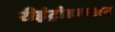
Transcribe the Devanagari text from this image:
रीइंट्रोडकशन